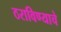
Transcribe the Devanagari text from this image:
ठराविण्याचे